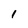
Character: 1